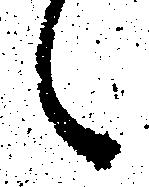
々